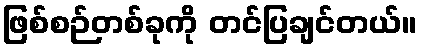
ဖြစ်စဉ်တစ်ခုကို တင်ပြချင်တယ်။